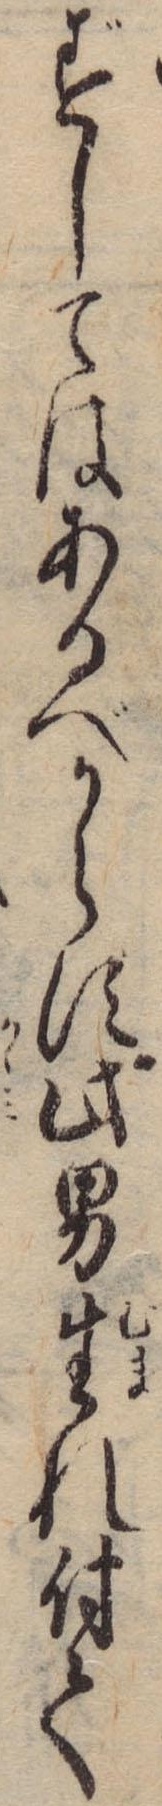
ずしてはあるべからす此男生れ付て